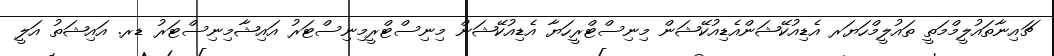
ޗައިނާތައުލީމްމަތީ ތައުލީމްހަޔަރ އެޑިއުކޭޝަންއެޑިއުކޭޝަން މިނިސްޓްރީހަޔާ އެޑިއުކޭޝަން މިނިސްޓްރީމިނިސްޓަރު އައިޝާމިނިސްޓަރު ޑރ. އައިޝަތު އަލީ